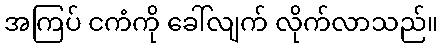
အကြပ် ငကံကို ခေါ်လျက် လိုက်လာသည်။